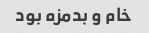
خام و بدمزه بود